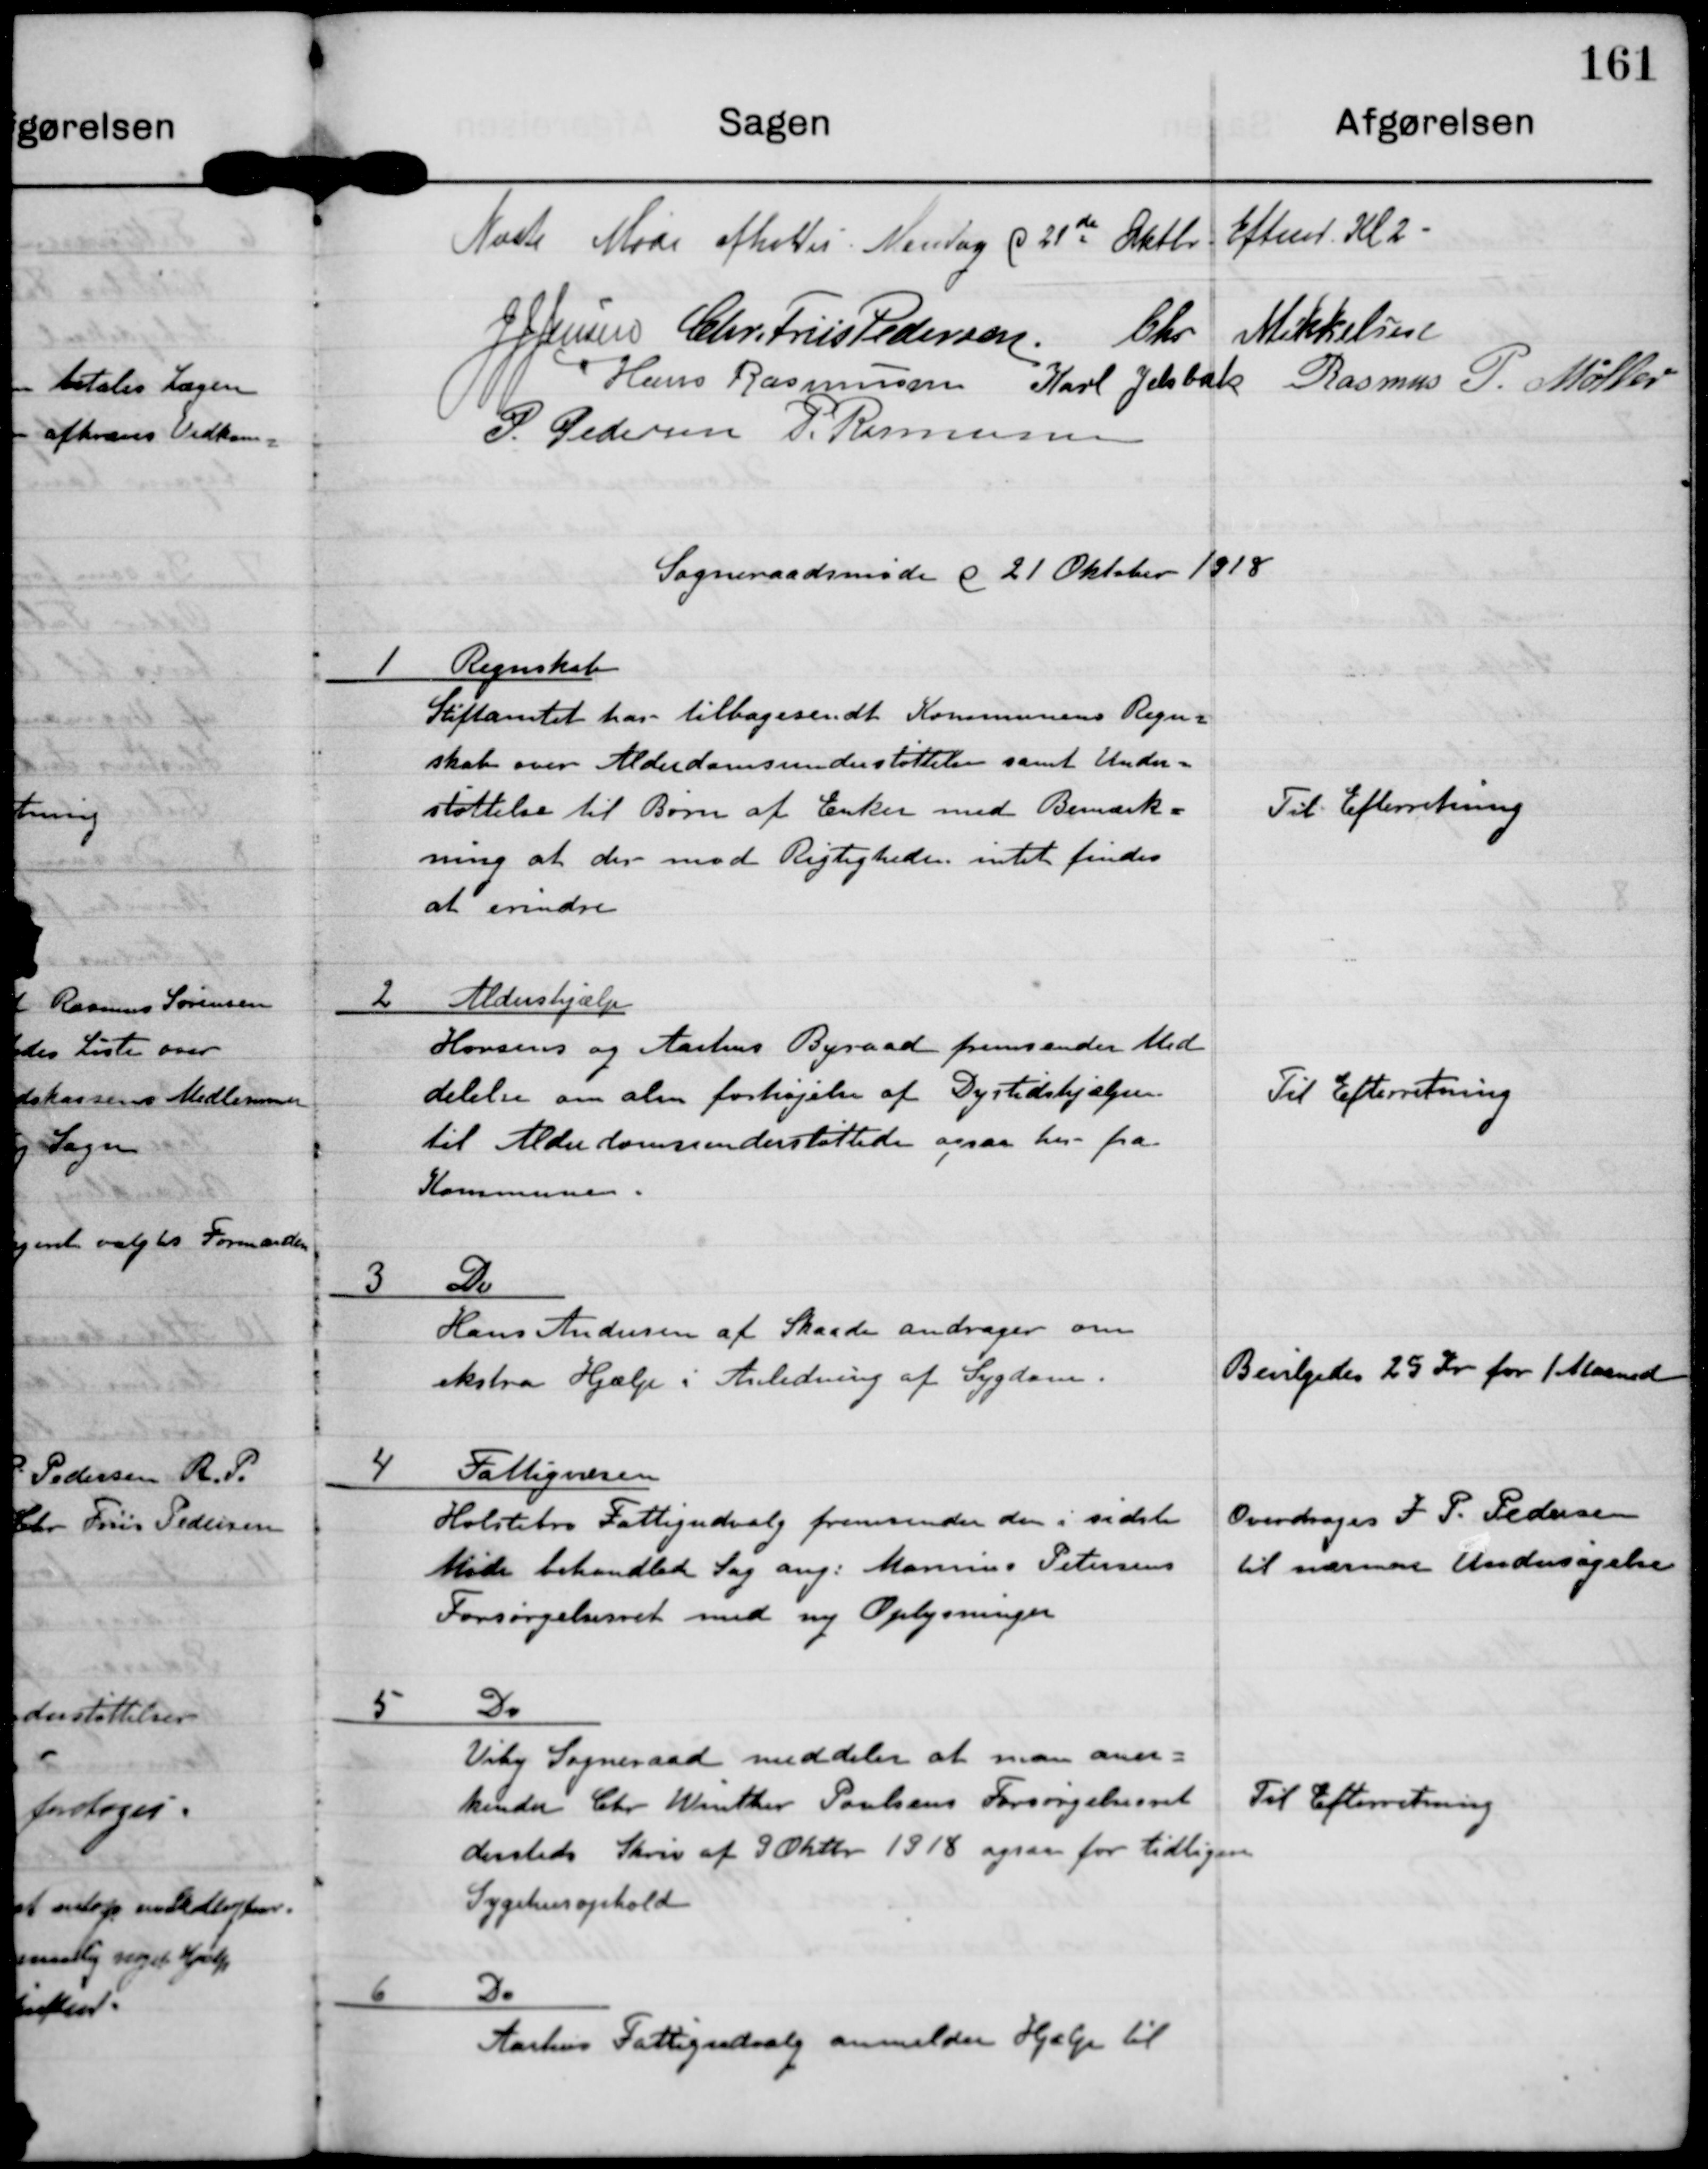
Transskription:
Næste Møde afholdes Mandag d 21de Oktbr Eftermd Kl 2

J J Jensen

Chr. Friis Pedersen

Chr Mikkelsen

Hans Rasmussen

Karl Jelsbak

Rasmus P. Møller

P. Pedersen

P. Rasmussen

Sogneraadsmøde d 21 Oktober 1918

1 Regnskab
Stiftamtet har tilbagesendt Kommunens Regn-
skab over Alderdomsunderstøttelse samt Under-
støttelse til Børn af Enker med Bemærk-
ning at der mod Rigtigheden intet findes
at erindre.

Til Efterretning

2 Aldershjælp
Horsens og Aarhus Byraad fremsender Med-
delelse om alm forhøjelse af Dyrtidshjælpen
til Alderdomsunderstøttede ogsaa her fra
Kommunen.

Til Efterretning

3 Do
Hans Andersen af Skaade andrager om
ekstra Hjælp i Anledning af Sygdom

Bevilgedes 25 Kr for 1 Maaned

4 Fattigvæsen
Holstebro Fattigudvalg fremsender den i sidste
Møde behandlede Sag ang. Marinus Petersens
Forsørgelsesret med nye Oplysninger

Overdroges J P Pedersen
til nærmere Undersøgelse

5 Do
Viby Sogneraad meddeler at man aner-
kender Chr Winther Poulsens Forsørgelsesret
dersteds. Skriv af 2 Oktbr 1918 ogsaa for tidligere
Sygehusophold

Til Efterretning

6 Do
Aarhus Fattigudvalg anmelder Hjælp til